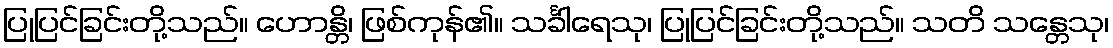
ပြုပြင်ခြင်းတို့သည်။ ဟောန္တိ၊ ဖြစ်ကုန်၏။ သင်္ခါရေသု၊ ပြုပြင်ခြင်းတို့သည်။ သတိ သန္တေသု၊